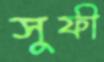
সুফী